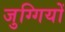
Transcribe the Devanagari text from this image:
जुग्गियों